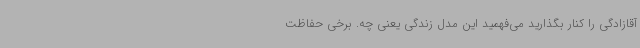
آقازادگی را کنار بگذارید می‌فهمید این مدل زندگی یعنی چه. برخی حفاظت